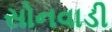
સોનવાડી